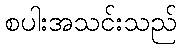
စပါးအသင်းသည်